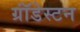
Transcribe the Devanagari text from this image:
ग्रॉंडेस्टन